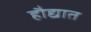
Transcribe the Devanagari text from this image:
हौद्यात